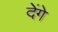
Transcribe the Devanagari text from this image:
देेंगे